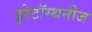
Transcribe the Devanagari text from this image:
इरेटॉस्थनीज